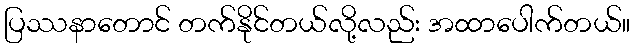
ပြဿနာတောင် တက်နိုင်တယ်လို့လည်း အထာပေါက်တယ်။